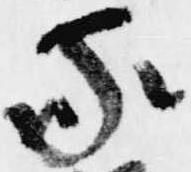
家